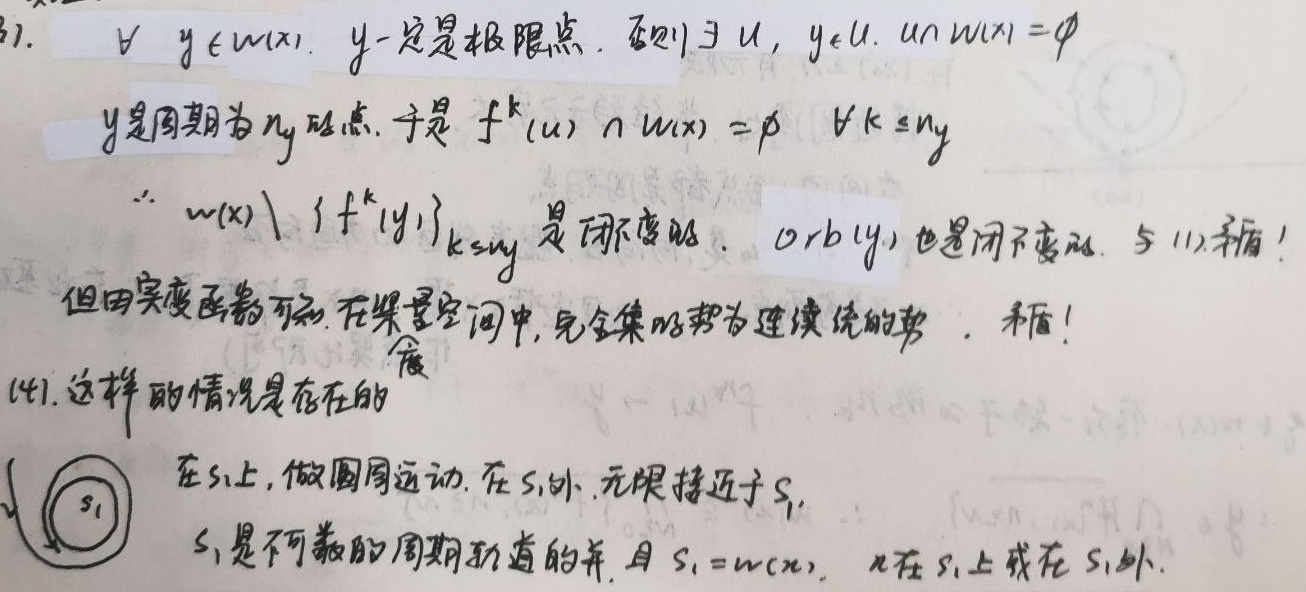
(3). \(\forall y\in\omega(x)\)，\(y\) 一定是极限点。否则 \(\exists U\)，\(y\in U\)，\(U\cap\omega(x)=\varnothing\)。\(y\) 是周期为 \(n_y\) 的点。于是 \(f^{k}(U)\cap\omega(x)=\varnothing\)，\(\forall k\leq n_y\)。
\(\because\omega(x)\setminus\{f^{k}(y)\}_{k\leq n_y}\) 是闭不变的，\(\text{orb}(y)\) 也是闭不变的，与(1)矛盾！但由实变函数可知，在紧致空间中，完全集的势为连续统的势，矛盾！
(4). 这样的情况是存在的。在 \(S_{1}\) 上，做圆周运动。在 \(S_{1}\) 外，无限接近于 \(S_{1}\)。\(S_{1}\) 是不可数的周期轨道的并，且 \(S_{1}=\omega(x)\)，\(x\) 在 \(S_{1}\) 上或在 \(S_{1}\) 外。